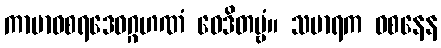
ကာမာဝစရဒေဝဂ္ဂဟဏံ ဝေဒိတဗ္ဗံ။ သမာရက ဝစနေန